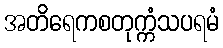
အတိရေကစတုက္ကံသပရမံ